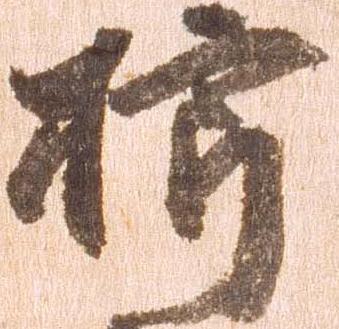
櫛